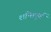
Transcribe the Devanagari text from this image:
शन्तिपूर्ण